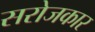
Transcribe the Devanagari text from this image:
सरोजकार